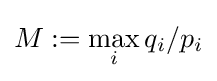
M:=\max _{i}{q_{i}/p_{i}}